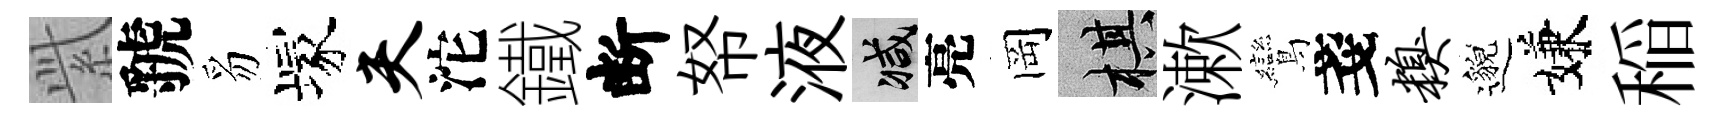
𬗋虢豸塚夫沱鐵断帑液减亮岡棋漱鸞戔糗邈嫌稲